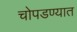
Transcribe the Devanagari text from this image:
चोपडण्यात